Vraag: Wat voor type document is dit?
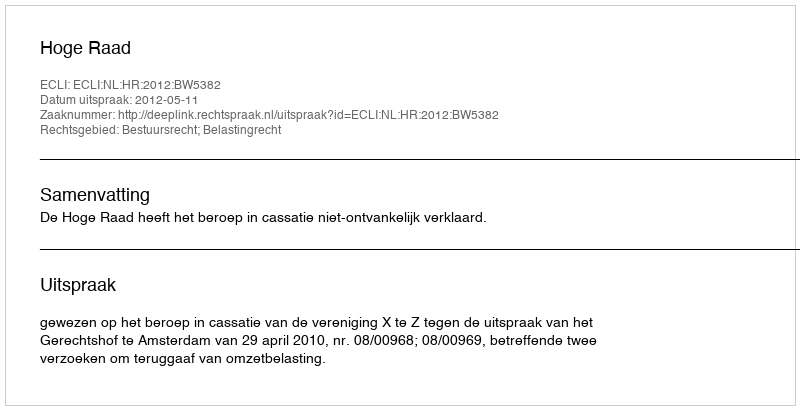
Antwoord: Uitspraak